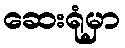
ဆေးရုံမှာ